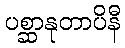
ပစ္ဆာနုတာပိနီ